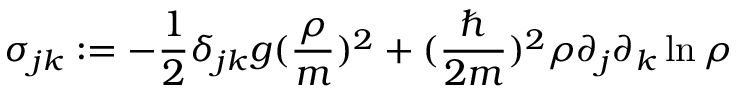
\sigma _ { j k } : = - \frac 1 2 \delta _ { j k } g ( \frac { \rho } { m } ) ^ { 2 } + ( \frac { \hbar } { 2 m } ) ^ { 2 } \rho \partial _ { j } \partial _ { k } \ln { \rho }